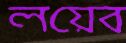
লয়েব